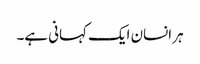
ہر انسان ایک کہانی ہے۔